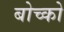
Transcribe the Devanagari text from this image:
बोच्को